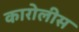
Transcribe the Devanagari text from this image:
कारोलीस